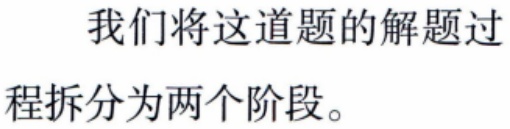
我们将这道题的解题过
程拆分为两个阶段。